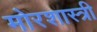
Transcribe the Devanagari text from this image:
मोरशास्त्री